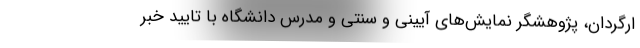
ارگردان، پژوهشگر نمایش‌های آیینی و سنتی و مدرس دانشگاه با تایید خبر